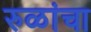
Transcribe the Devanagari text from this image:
रुळांचा